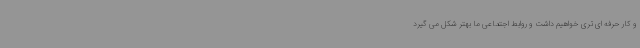
و کار حرفه ای تری خواهیم داشت و روابط اجتماعی ما بهتر شکل می گیرد